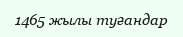
1465 жылы туғандар